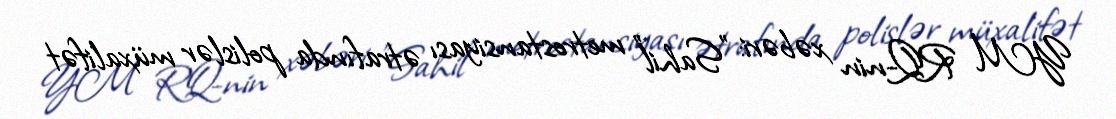
YM RQ-nin xəbəri: "Sahil" metrostansiyası ətrafında polislər müxalifət